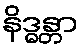
နိဒ္ဓန္တာ